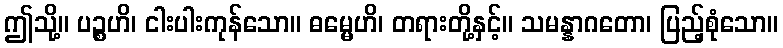
ဤသို့။ ပဉ္စဟိ၊ ငါးပါးကုန်သော။ ဓမ္မေဟိ၊ တရားတို့နှင့်။ သမန္နာဂတော၊ ပြည့်စုံသော။